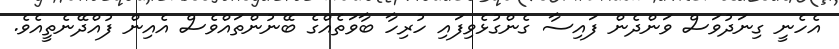
އެހެނީ ގިނަދުވަސް ވަންދެން ފައިސާ ގެންގުޅެވިފައި ހުރިހާ ބާވަތެއްގެ ބޭނުންތައްވެސް އެއިން ފުއްދޭނެތީއެވެ.